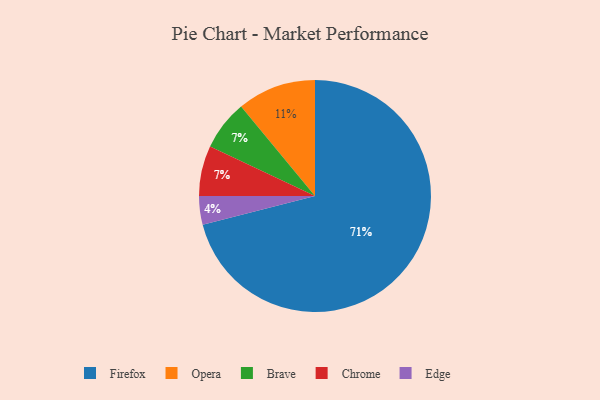
{"axis": {"x": "Category", "y": "Percentage"}, "legend": ["Brave", "Chrome", "Edge", "Firefox", "Opera"], "data": [{"x": "Edge", "y": 4, "type": "Edge"}, {"x": "Opera", "y": 11, "type": "Opera"}, {"x": "Firefox", "y": 71, "type": "Firefox"}, {"x": "Brave", "y": 7, "type": "Brave"}, {"x": "Chrome", "y": 7, "type": "Chrome"}]}